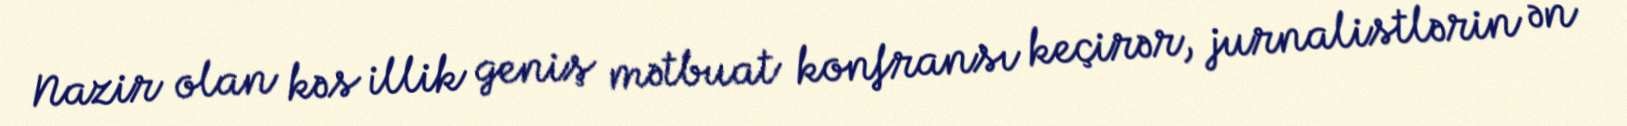
Nazir olan kəs illik geniş mətbuat konfransı keçirər, jurnalistlərin ən